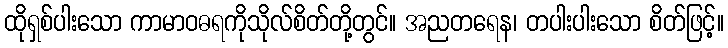
ထိုရှစ်ပါးသော ကာမာဝဓရကိုသိုလ်စိတ်တို့တွင်။ အညတရေန၊ တပါးပါးသော စိတ်ဖြင့်။